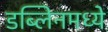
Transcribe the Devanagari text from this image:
डब्लिनमध्ये